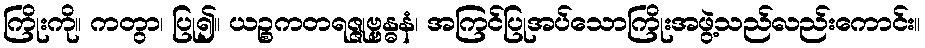
ကြိုးကို။ ကတွာ၊ ပြု၍။ ယဉ္စကတရဇ္ဇုဗ္ဗန္ဓနံ၊ အကြင်ပြုအပ်သောကြိုးအဖွဲ့သည်လည်းကောင်း။